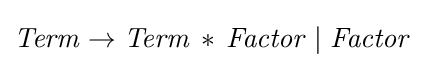
{\mathit {Term}}\rightarrow {\mathit {Term}}\,*\,{\mathit {Factor}}\mid {\mathit {Factor}}